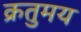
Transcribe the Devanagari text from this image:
क्रतुमय